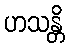
ဟသန္တိ